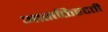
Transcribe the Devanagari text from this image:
आसक्तिहटती